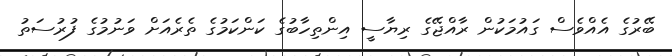
ބޭރުގެ އެއްވެސް ގައުމަކުން ރާއްޖޭގެ ރިޔާސީ އިންތިހާބުގެ ކަންކަމުގެ ތެރެއަށް ވަނުމުގެ ފުރުސަތު